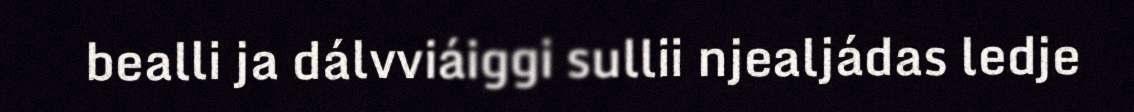
bealli ja dálvviáiggi sullii njealjádas ledje